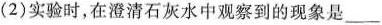
(2)实验时，在澄清石灰水中观察到的现象是___